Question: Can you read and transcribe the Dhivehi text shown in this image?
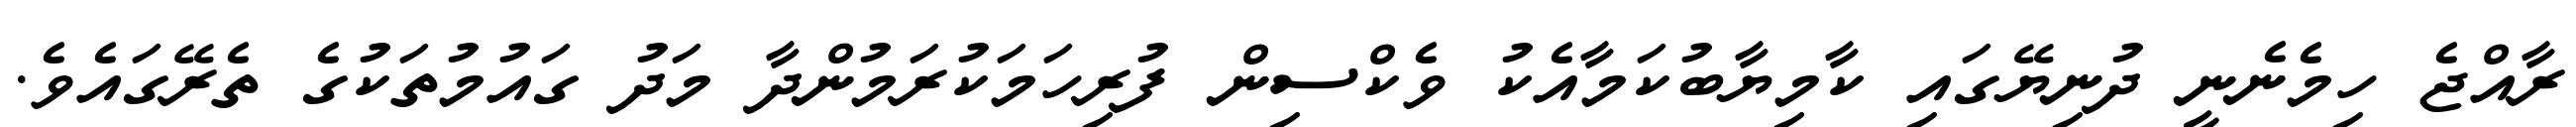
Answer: ރާއްޖެ ހިމެނެނީ ދުނިޔޭގައި ކާމިޔާބުކަމާއެކު ވެކްސިން ފުރިހަމަކުރަމުންދާ މަދު ގައުމުތަކުގެ ތެރޭގައެވެ.